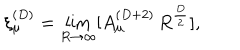
\xi _ { \mu } ^ { ( D ) } = \lim _ { R \rightarrow \infty } [ A _ { \mu } ^ { ( D + 2 ) } \, R ^ { \frac { D } { 2 } } ] ,